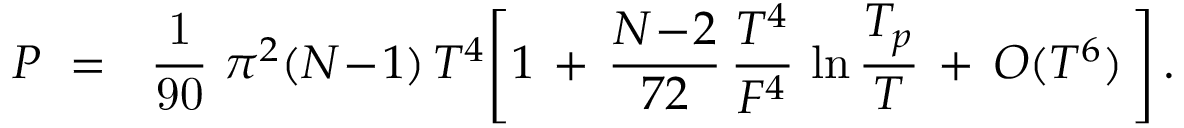
P \ = \ \mathrm { ~ \frac { 1 } { 9 0 } ~ } { \pi } ^ { 2 } ( N \! - \! 1 ) \, T ^ { 4 } \Bigg [ 1 \, + \, \frac { N \! - \! 2 } { 7 2 } \, \frac { T ^ { 4 } } { F ^ { 4 } } \, \ln { \frac { T _ { p } } { T } } \, + \, { \cal O } ( T ^ { 6 } ) \, \Bigg ] \, .